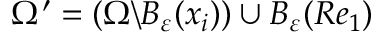
\Omega ^ { \prime } = ( \Omega \backslash B _ { \varepsilon } ( x _ { i } ) ) \cup B _ { \varepsilon } ( R e _ { 1 } )